Lunatic asylums Bombay report 1878-1890 - 1878-1890
Year: 1878
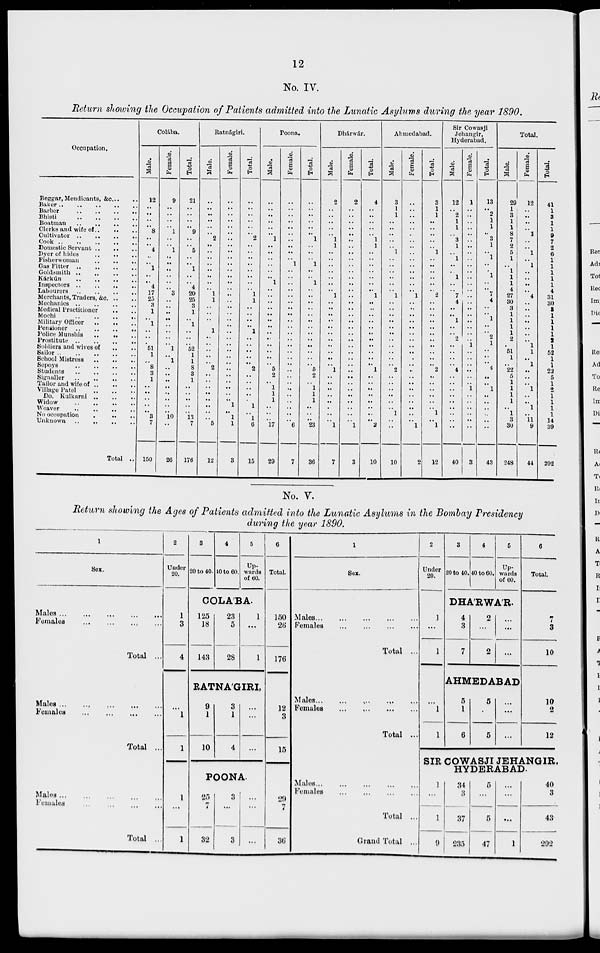
12
No. IV.
Return showing the Occupation of Patients admitted into the Lunatic Asylums during the year 1890.
Occupation.
Beggar, Mendicants, &c. .. ..
Baker .. .. .. .. ..
Barber .. .. .. ..
Bhisti .. .. .. ..
Boatman .. .. .. ..
Clerks and wife of .. .. ..
Cultivator .. .. .. ..
Cook .. .. .. .. ..
Domestic Servant .. .. ..
Dyer of hides .. .. ..
Fisherwoman .. .. ..
Gas Fitter .. .. .. ..
Goldsmith .. .. .. ..
Kárkún .. .. .. ..
Inspectors .. .. .. ..
Labourers .. .. .. ..
Merchants, Traders, &c. .. ..
Mechanics .. .. .. ..
Medical Practitioner .. ..
Mochi
..
.. .. ..
Military Officer .. .. ..
Pensioner .. .. .. ..
Police Munshis .. .. ..
Prostitute .. .. .. ..
Soldiers and wives of
..
..
Sailor .. .. .. .. ..
School Mistress
..
..
..
Sepoys .. .. .. ..
Students .. .. .. ..
Signaller .. .. .. ..
Tailor and wife of .. .. ..
Village Patel .. .. ..
Do. Kulkarni .. .. ..
Widow .. .. .. ..
Weaver .. .. .. ..
No occupation .. .. ..
Unknown .. .. .. ..
Total ..
Colába.
Male.
12
..
..
..
..
8
..
..
4
..
..
1
..
..
4
17
25
3
1
..
1
..
..
..
51
1
..
8
3
1
.. ..
..
..
..
3
7
150
Female.
9
..
..
..
..
1
..
..
1
..
..
..
..
..
..
3
..
..
..
..
..
..
..
..
1
..
1
..
.. ..
.. ..
..
..
..
10
..
26
Total.
21
..
..
..
..
9
..
..
5
..
..
1
..
..
4
20
25
3
1
..
1
..
..
..
52
1
1
8
3
1
..
..
..
..
..
13
7
176
Ratnágiri.
Male.
..
..
..
..
..
..
2
..
..
..
..
..
..
..
..
1
1
..
..
..
..
1
..
..
..
..
..
2
..
..
.. ..
..
..
..
..
5
12
Female.
..
..
..
..
..
..
..
..
..
..
..
..
..
..
..
..
..
..
..
..
..
..
..
..
..
..
..
..
..
..
.. ..
..
1
..
1
1
3
Total.
..
..
..
..
..
..
2
..
..
..
..
..
..
..
..
1
1
..
..
..
..
1
..
..
..
..
..
2
..
..
..
..
..
1
..
1
6
15
Poona.
Male.
..
..
..
..
..
..
1
..
..
..
..
..
..
1
..
..
..
..
..
..
..
..
..
..
..
..
..
5
2
..
1
1
1
..
..
..
17
29
Female.
..
..
..
..
..
..
..
..
..
..
1
..
..
..
..
..
..
..
..
..
..
..
..
..
..
..
..
..
..
..
..
..
..
..
..
..
6
7
Total.
..
..
..
..
..
..
1
..
..
..
1
..
..
1
..
..
..
..
..
..
..
..
..
..
..
..
..
5
2
..
1
1
1
..
..
..
23
36
Dhárwár.
Male.
2
..
..
..
..
..
1
1
..
..
..
..
..
..
..
1
..
..
..
..
..
..
..
..
..
..
..
1
..
..
..
..
..
..
..
..
1
7
Female.
2
..
..
..
..
..
..
..
..
..
..
..
..
..
..
..
..
..
..
..
..
..
..
..
..
..
..
..
..
..
..
..
..
..
..
..
1
3
Total.
4
..
..
..
..
..
1
1
..
..
..
..
..
..
..
1
..
..
..
..
..
..
..
..
..
..
..
1
..
..
.. ..
..
..
..
..
2
10
Ahmedabad.
Male.
3
1
1
..
..
..
..
..
1
..
..
..
..
..
..
1
..
..
..
..
..
..
..
..
..
..
..
2
..
..
.. ..
..
..
1
..
..
10
Female.
..
..
..
..
..
..
..
..
..
..
..
..
..
..
..
1
..
..
..
..
..
..
..
..
..
..
..
..
..
..
..
..
..
..
..
..
1
2
Total.
3
1
1
..
..
..
..
..
1
..
..
..
..
..
..
2
..
.. ..
..
..
..
..
..
..
..
..
2
..
..
.. ..
..
..
1
..
1
12
Sir Cowasji
Jehangir,
Hyderabad.
Male.
12
..
2
1
1
..
3
1
..
1
..
..
1
..
..
7
4
.. ..
1
..
..
2
..
..
..
..
4
.. ..
.. ..
..
..
..
..
..
40
Female.
1
..
..
..
..
..
..
..
..
..
..
..
..
..
..
..
..
..
..
..
..
..
..
1
..
..
..
..
..
..
1
..
..
..
..
..
..
3
Total.
13
..
2
1
1
..
3
1
..
1
..
..
1
..
..
7
4
..
..
1
..
..
2
1
..
..
..
4
..
..
1
..
..
..
..
..
..
43
Total.
Male.
29
1
3
1
1
8
7
2
5
1
..
1
1
1
4
27
30
3
1
1
1
1
2
..
51
1
..
22
5
1
1
1
1
..
1
3
30
248
Female.
12
..
..
..
..
1
..
..
1
..
1
..
..
..
..
4
..
..
..
..
..
..
..
1
1
..
1
..
..
..
1
..
..
1
..
11
9
44
Total.
41
1
3
1
1
9
7
2
6
1
1
1
1
1
4
31
30
3
1
1
1
1
2 1
52
1
1
22
5
1
2
1
1
1
1
14
39
292
No. V.
Return showing the Ages of Patients admitted into the Lunatic Asylums in the Bombay Presidency
during the year 1890.
1
Sex.
Males ... ... ... ... ...
Females ... ... ... ...
Total ...
Males ... ... ... ... ...
Females ... ... ... ...
Total ...
Males ... ... ... ... ...
Females ... ... ... ...
Total ...
2
Under
20.
3
20 to 40.
4
40 to 60.
5
Up-
wards
of 60.
6
Total.
COLA'BA.
1
3
4
125
18
143
23
5
28
1
...
1
150
26
176
RATNAGIRI,
...
1
1
9
1
10
3
1
4
...
...
12
3
15
POONA.
1
...
1
25
7
32
3
...
3
...
...
...
29
7
36
1
Sex.
Males ... ... ... ... ...
Females ... ... ... ...
Total ...
Males ... ... ... ... ...
Females ... ... ... ...
Total ...
Males... ... ... ... ...
Females ... ... ... ...
Total ...
Grand Total ...
2
Under
20.
3
20 to 40.
4
40 to 60.
5
Up-
wards
of 60.
6
Total.
DHARWAR.
1
...
1
4
3
7
2
...
2
...
...
...
7
3
10
AHMEDABAD
...
1
1
5
1
6
5
...
5
...
...
...
10
2
12
SIR COWASJI JEHANGIR.
HYDERABAD.
1
...
1
9
34
3
37
235
5
...
5
47
...
...
...
1
40
3
43
292